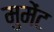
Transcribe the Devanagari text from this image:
मुमेंट